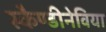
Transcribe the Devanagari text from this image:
स्कैण्डीनेविया